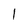
Character: 1